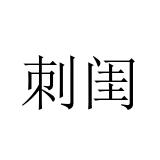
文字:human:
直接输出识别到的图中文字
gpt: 刺闺